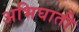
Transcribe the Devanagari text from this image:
अभिघाती